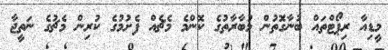
މީޑިއާ ރިޕޯޓްތައް ބުނާގަޮތުން މުބާރާތުގެ ކޮންމެ މެޗެއް ފެށުމުގެ ކުރިން މެޗުގެ ނަތީޖާ